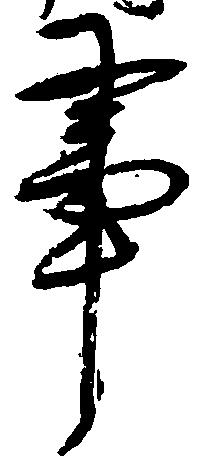
事